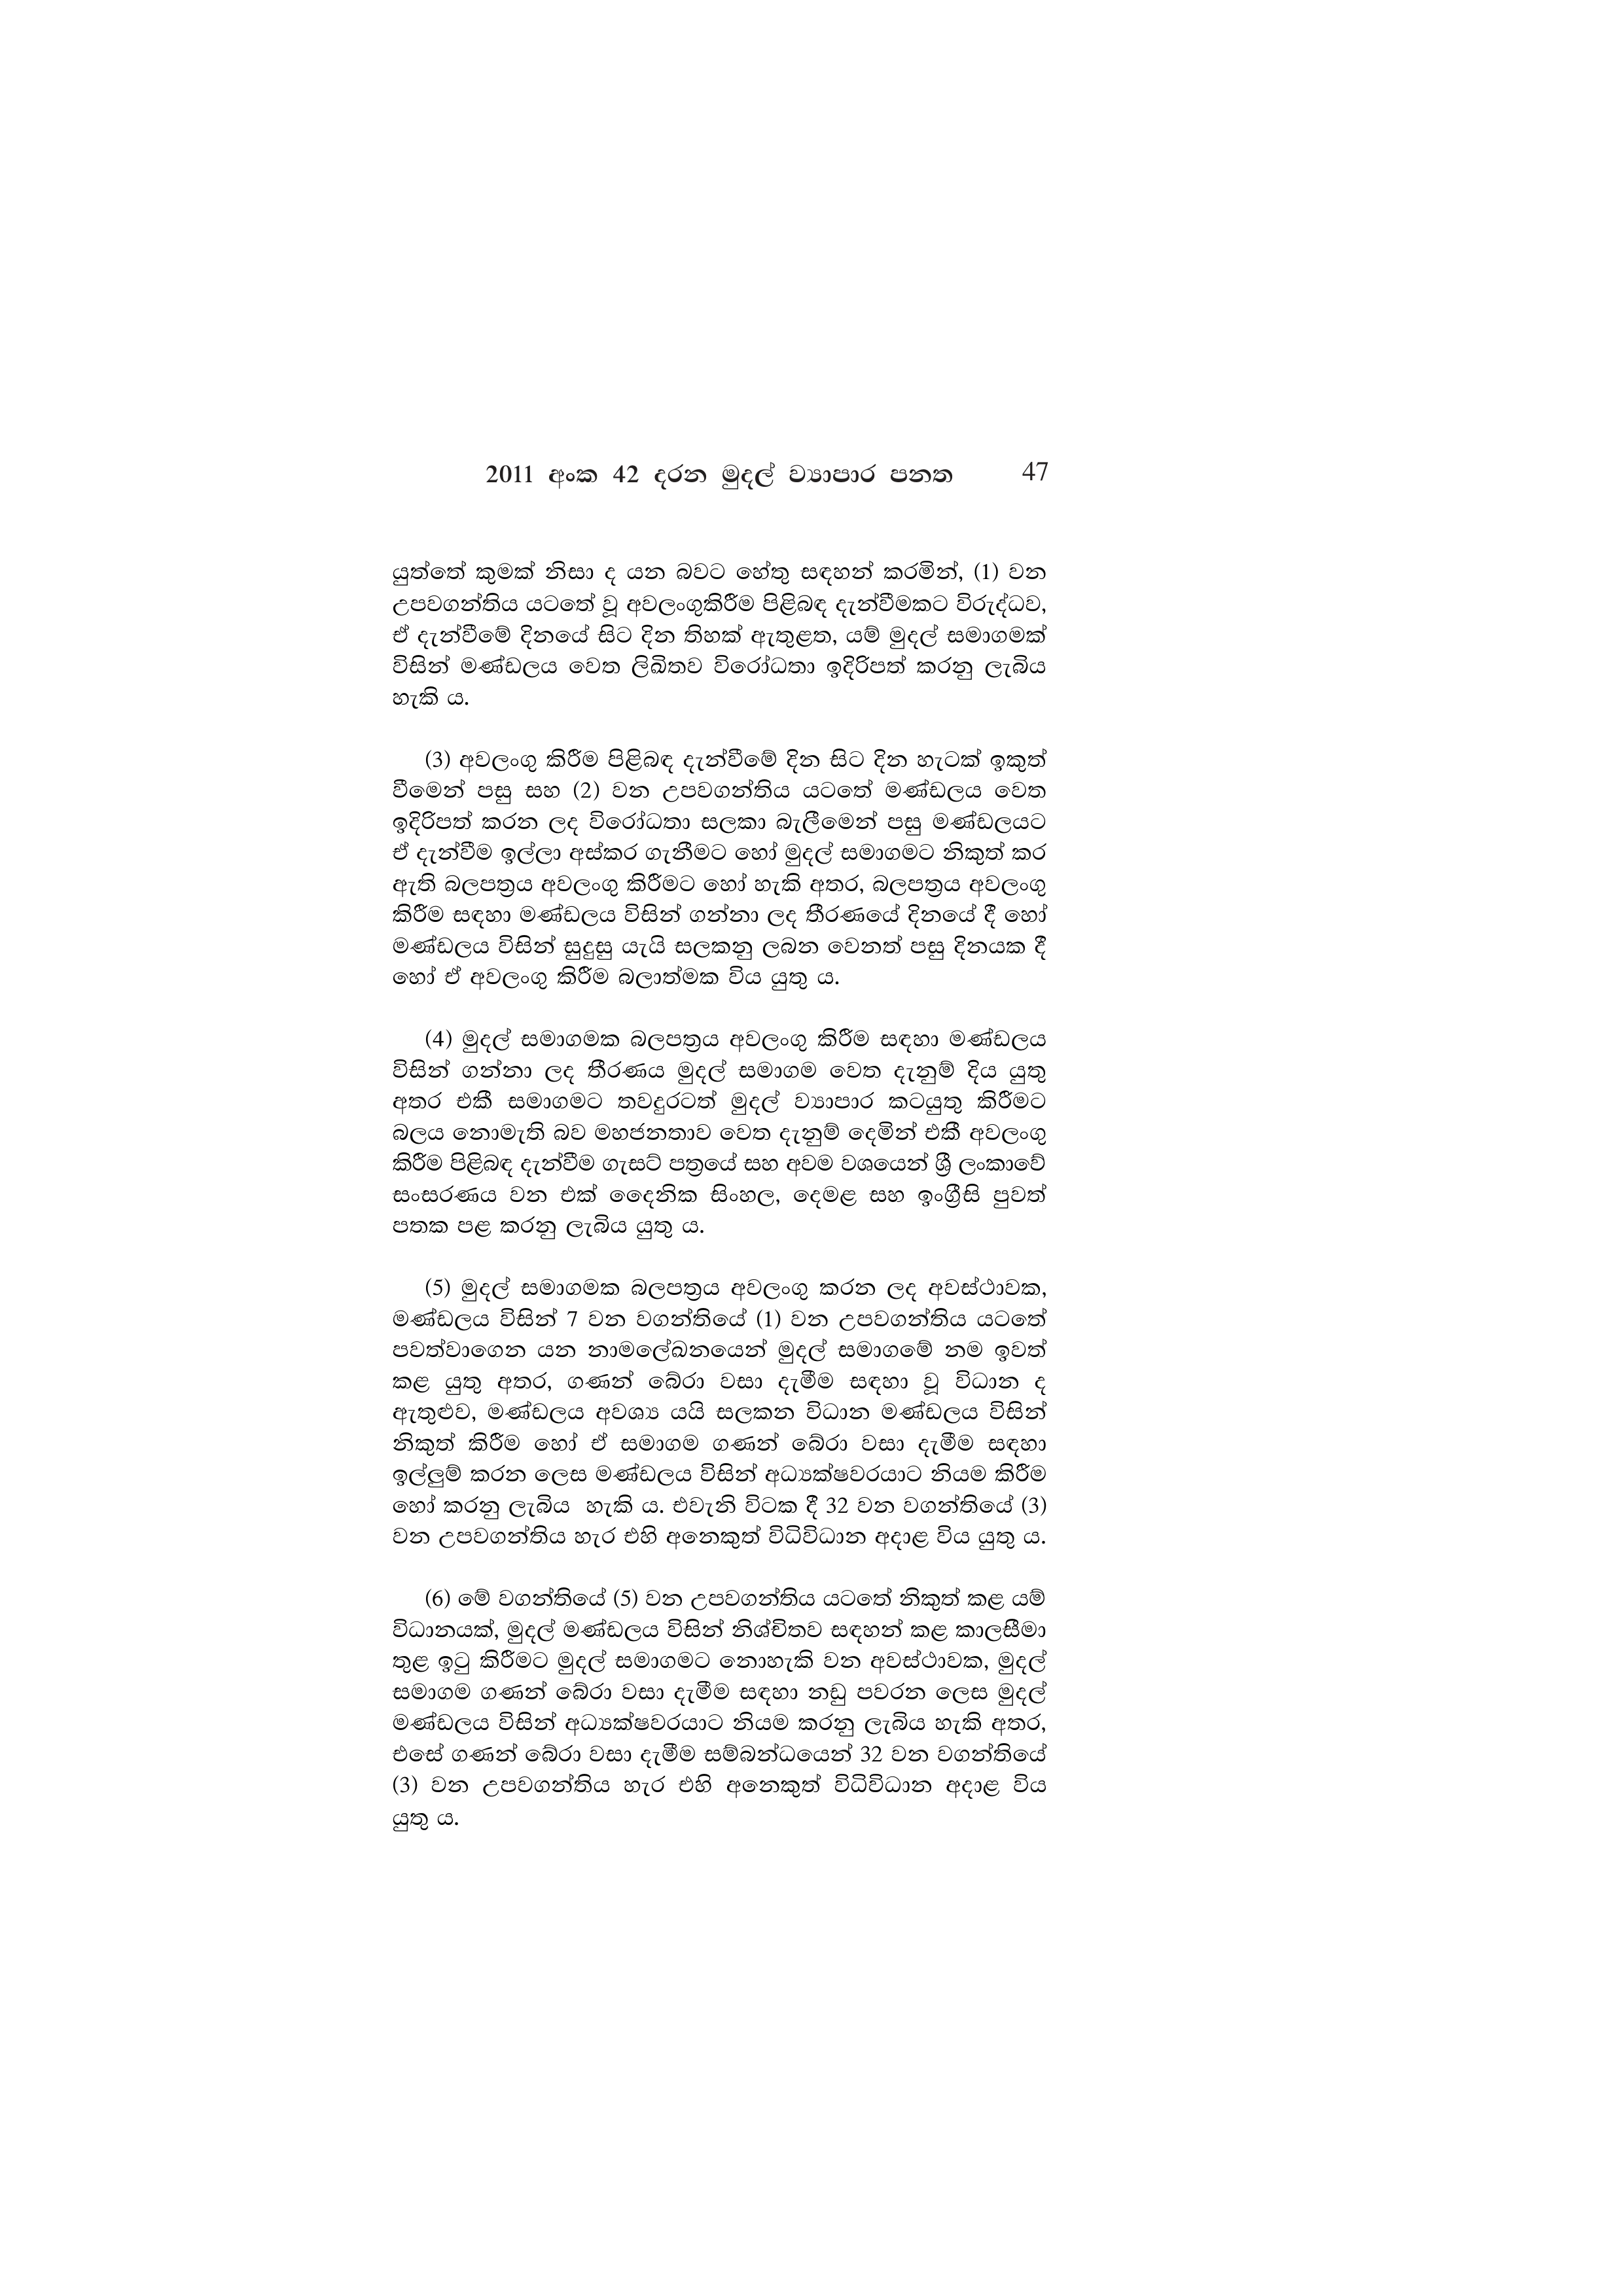
2011 අංක 42 දරන මුදල් ව්‍යාපාර පනත 47

යුත්තේ කුමක් නිසා ද යන බවට හේතු සඳහන් කරමින්, (1) වන
උපවගන්තිය යටතේ වූ අවලංගුකිරීම පිළිබඳ දැන්වීමකට විරුද්ධව,
ඒ දැන්වීමේ දිනයේ සිට දින තිහක් ඇතුළත, යම් මුදල් සමාගමක්
විසින් මණ්ඩලය වෙත ලිඛිතව විරෝධතා ඉදිරිපත් කරනු ලැබිය
හැකි ය.

(3) අවලංගු කිරීම පිළිබඳ දැන්වීමේ දින සිට දින හැටක් ඉකුත්
වීමෙන් පසු සහ (2) වන උපවගන්තිය යටතේ මණ්ඩලය වෙත
ඉදිරිපත් කරන ලද විරෝධතා සලකා බැලීමෙන් පසු මණ්ඩලයට
ඒ දැන්වීම ඉල්ලා අස්කර ගැනීමට හෝ මුදල් සමාගමට නිකුත් කර
ඇති බලපත්‍රය අවලංගු කිරීමට හෝ හැකි අතර, බලපත්‍රය අවලංගු
කිරීම සඳහා මණ්ඩලය විසින් ගන්නා ලද තීරණයේ දිනයේ දී හෝ
මණ්ඩලය විසින් සුදුසු යැයි සලකනු ලබන වෙනත් පසු දිනයක දී
හෝ ඒ අවලංගු කිරීම බලාත්මක විය යුතු ය.

(4) මුදල් සමාගමක බලපත්‍රය අවලංගු කිරීම සඳහා මණ්ඩලය
විසින් ගන්නා ලද තීරණය මුදල් සමාගම වෙත දැනුම් දිය යුතු
අතර එකී සමාගමට තවදුරටත් මුදල් ව්‍යාපාර කටයුතු කිරීමට
බලය නොමැති බව මහජනතාව වෙත දැනුම් දෙමින් එකී අවලංගු
කිරීම පිළිබඳ දැන්වීම ගැසට් පත්‍රයේ සහ අවම වශයෙන් ශ්‍රී ලංකාවේ
සංසරණය වන එක් දෛනික සිංහල, දෙමළ සහ ඉංග්‍රීසි පුවත්
පතක පළ කරනු ලැබිය යුතු ය.

(5) මුදල් සමාගමක බලපත්‍රය අවලංගු කරන ලද අවස්ථාවක,
මණ්ඩලය විසින් 7 වන වගන්තියේ (1) වන උපවගන්තිය යටතේ
පවත්වාගෙන යන නාමලේඛනයෙන් මුදල් සමාගමේ නම ඉවත්
කළ යුතු අතර, ගණන් බේරා වසා දැමීම සඳහා වූ විධාන ද
ඇතුළුව, මණ්ඩලය අවශ්‍ය යයි සලකන විධාන මණ්ඩලය විසින්
නිකුත් කිරීම හෝ ඒ සමාගම ගණන් බේරා වසා දැමීම සඳහා
ඉල්ලුම් කරන ලෙස මණ්ඩලය විසින් අධ්‍යක්ෂවරයාට නියම කිරීම
හෝ කරනු ලැබිය හැකි ය. එවැනි විටක දී 32 වන වගන්තියේ (3)
වන උපවගන්තිය හැර එහි අනෙකුත් විධිවිධාන අදාළ විය යුතු ය.

(6) මේ වගන්තියේ (5) වන උපවගන්තිය යටතේ නිකුත් කළ යම්
විධානයක්, මුදල් මණ්ඩලය විසින් නිශ්චිතව සඳහන් කළ කාලසීමා
තුළ ඉටු කිරීමට මුදල් සමාගමට නොහැකි වන අවස්ථාවක, මුදල්
සමාගම ගණන් බේරා වසා දැමීම සඳහා නඩු පවරන ලෙස මුදල්
මණ්ඩලය විසින් අධ්‍යක්ෂවරයාට නියම කරනු ලැබිය හැකි අතර,
එසේ ගණන් බේරා වසා දැමීම සම්බන්ධයෙන් 32 වන වගන්තියේ
(3) වන උපවගන්තිය හැර එහි අනෙකුත් විධිවිධාන අදාළ විය
යුතු ය.